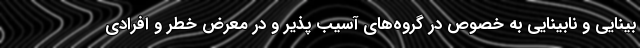
بینایی و نابینایی به خصوص در گروه‌های آسیب پذیر و در معرض خطر و افرادی